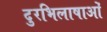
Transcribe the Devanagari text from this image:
दुरभिलाषाओं